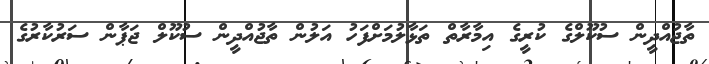
ތާޖުއްދީން ސުކޫލްގެ ކުރީގެ އިމާރާތް ތަޅާލުމަށްފަހު އަލުން ތާޖުއްދީން ސުކޫލް ޖަޕާން ސަރުކާރުގެ